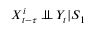
X _ { t - \tau } ^ { i } \perp \! \! \! \perp Y _ { t } | S _ { 1 }